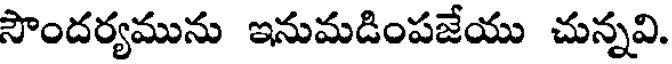
సౌందర్యమును ఇనుమడింపజేయు చున్నవి.